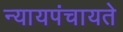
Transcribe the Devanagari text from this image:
न्यायपंचायते